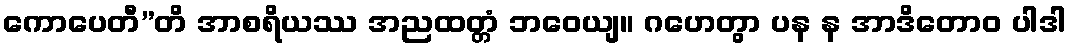
ကောပေတီ”တိ အာစရိယဿ အညထတ္တံ ဘဝေယျ။ ဂဟေတွာ ပန န အာဒိတောဝ ပါဒါ